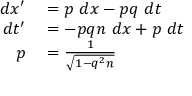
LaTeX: \begin{array} { r l } { d x ^ { \prime } } & { { } = p \ d x - p q \ d t } \\ { d t ^ { \prime } } & { { } = - p q n \ d x + p \ d t } \\ { p } & { { } = { \frac { 1 } { \sqrt { 1 - q ^ { 2 } n } } } } \end{array}